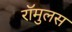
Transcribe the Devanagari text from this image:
रॉमुलस